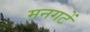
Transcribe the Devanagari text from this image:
मनगटें